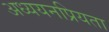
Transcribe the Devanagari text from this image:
अध्ययनप्रियता